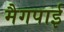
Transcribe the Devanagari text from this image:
मैगपाई